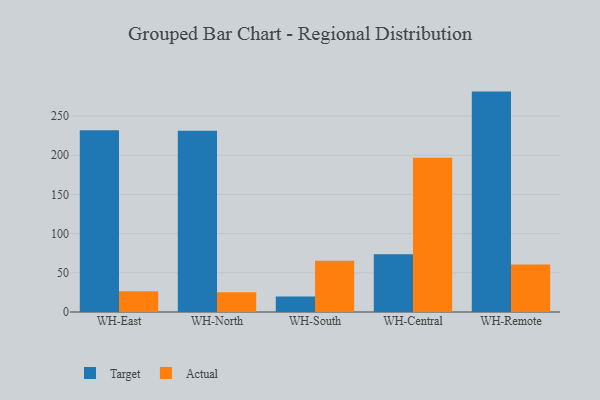
{"axis": {"x": "Warehouse", "y": "LTV (USD)"}, "legend": ["Actual", "Target"], "data": [{"x": "WH-East", "y": 231.9, "type": "Target"}, {"x": "WH-East", "y": 26.4, "type": "Actual"}, {"x": "WH-North", "y": 231.1, "type": "Target"}, {"x": "WH-North", "y": 25.3, "type": "Actual"}, {"x": "WH-South", "y": 19.8, "type": "Target"}, {"x": "WH-South", "y": 65.3, "type": "Actual"}, {"x": "WH-Central", "y": 73.5, "type": "Target"}, {"x": "WH-Central", "y": 196.6, "type": "Actual"}, {"x": "WH-Remote", "y": 281.1, "type": "Target"}, {"x": "WH-Remote", "y": 60.7, "type": "Actual"}]}